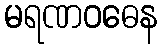
မရဏဝဓေန